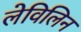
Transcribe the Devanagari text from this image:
लेविलिन